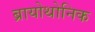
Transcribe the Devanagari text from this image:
ब्रायोथोनिक